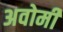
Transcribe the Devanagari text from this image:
अवोमी